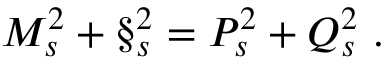
M _ { s } ^ { 2 } + \S _ { s } ^ { 2 } = P _ { s } ^ { 2 } + Q _ { s } ^ { 2 } \ .